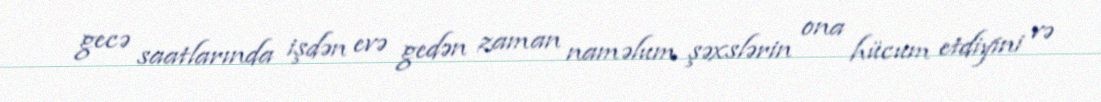
gecə saatlarında işdən evə gedən zaman naməlum şəxslərin ona hücum etdiyini və